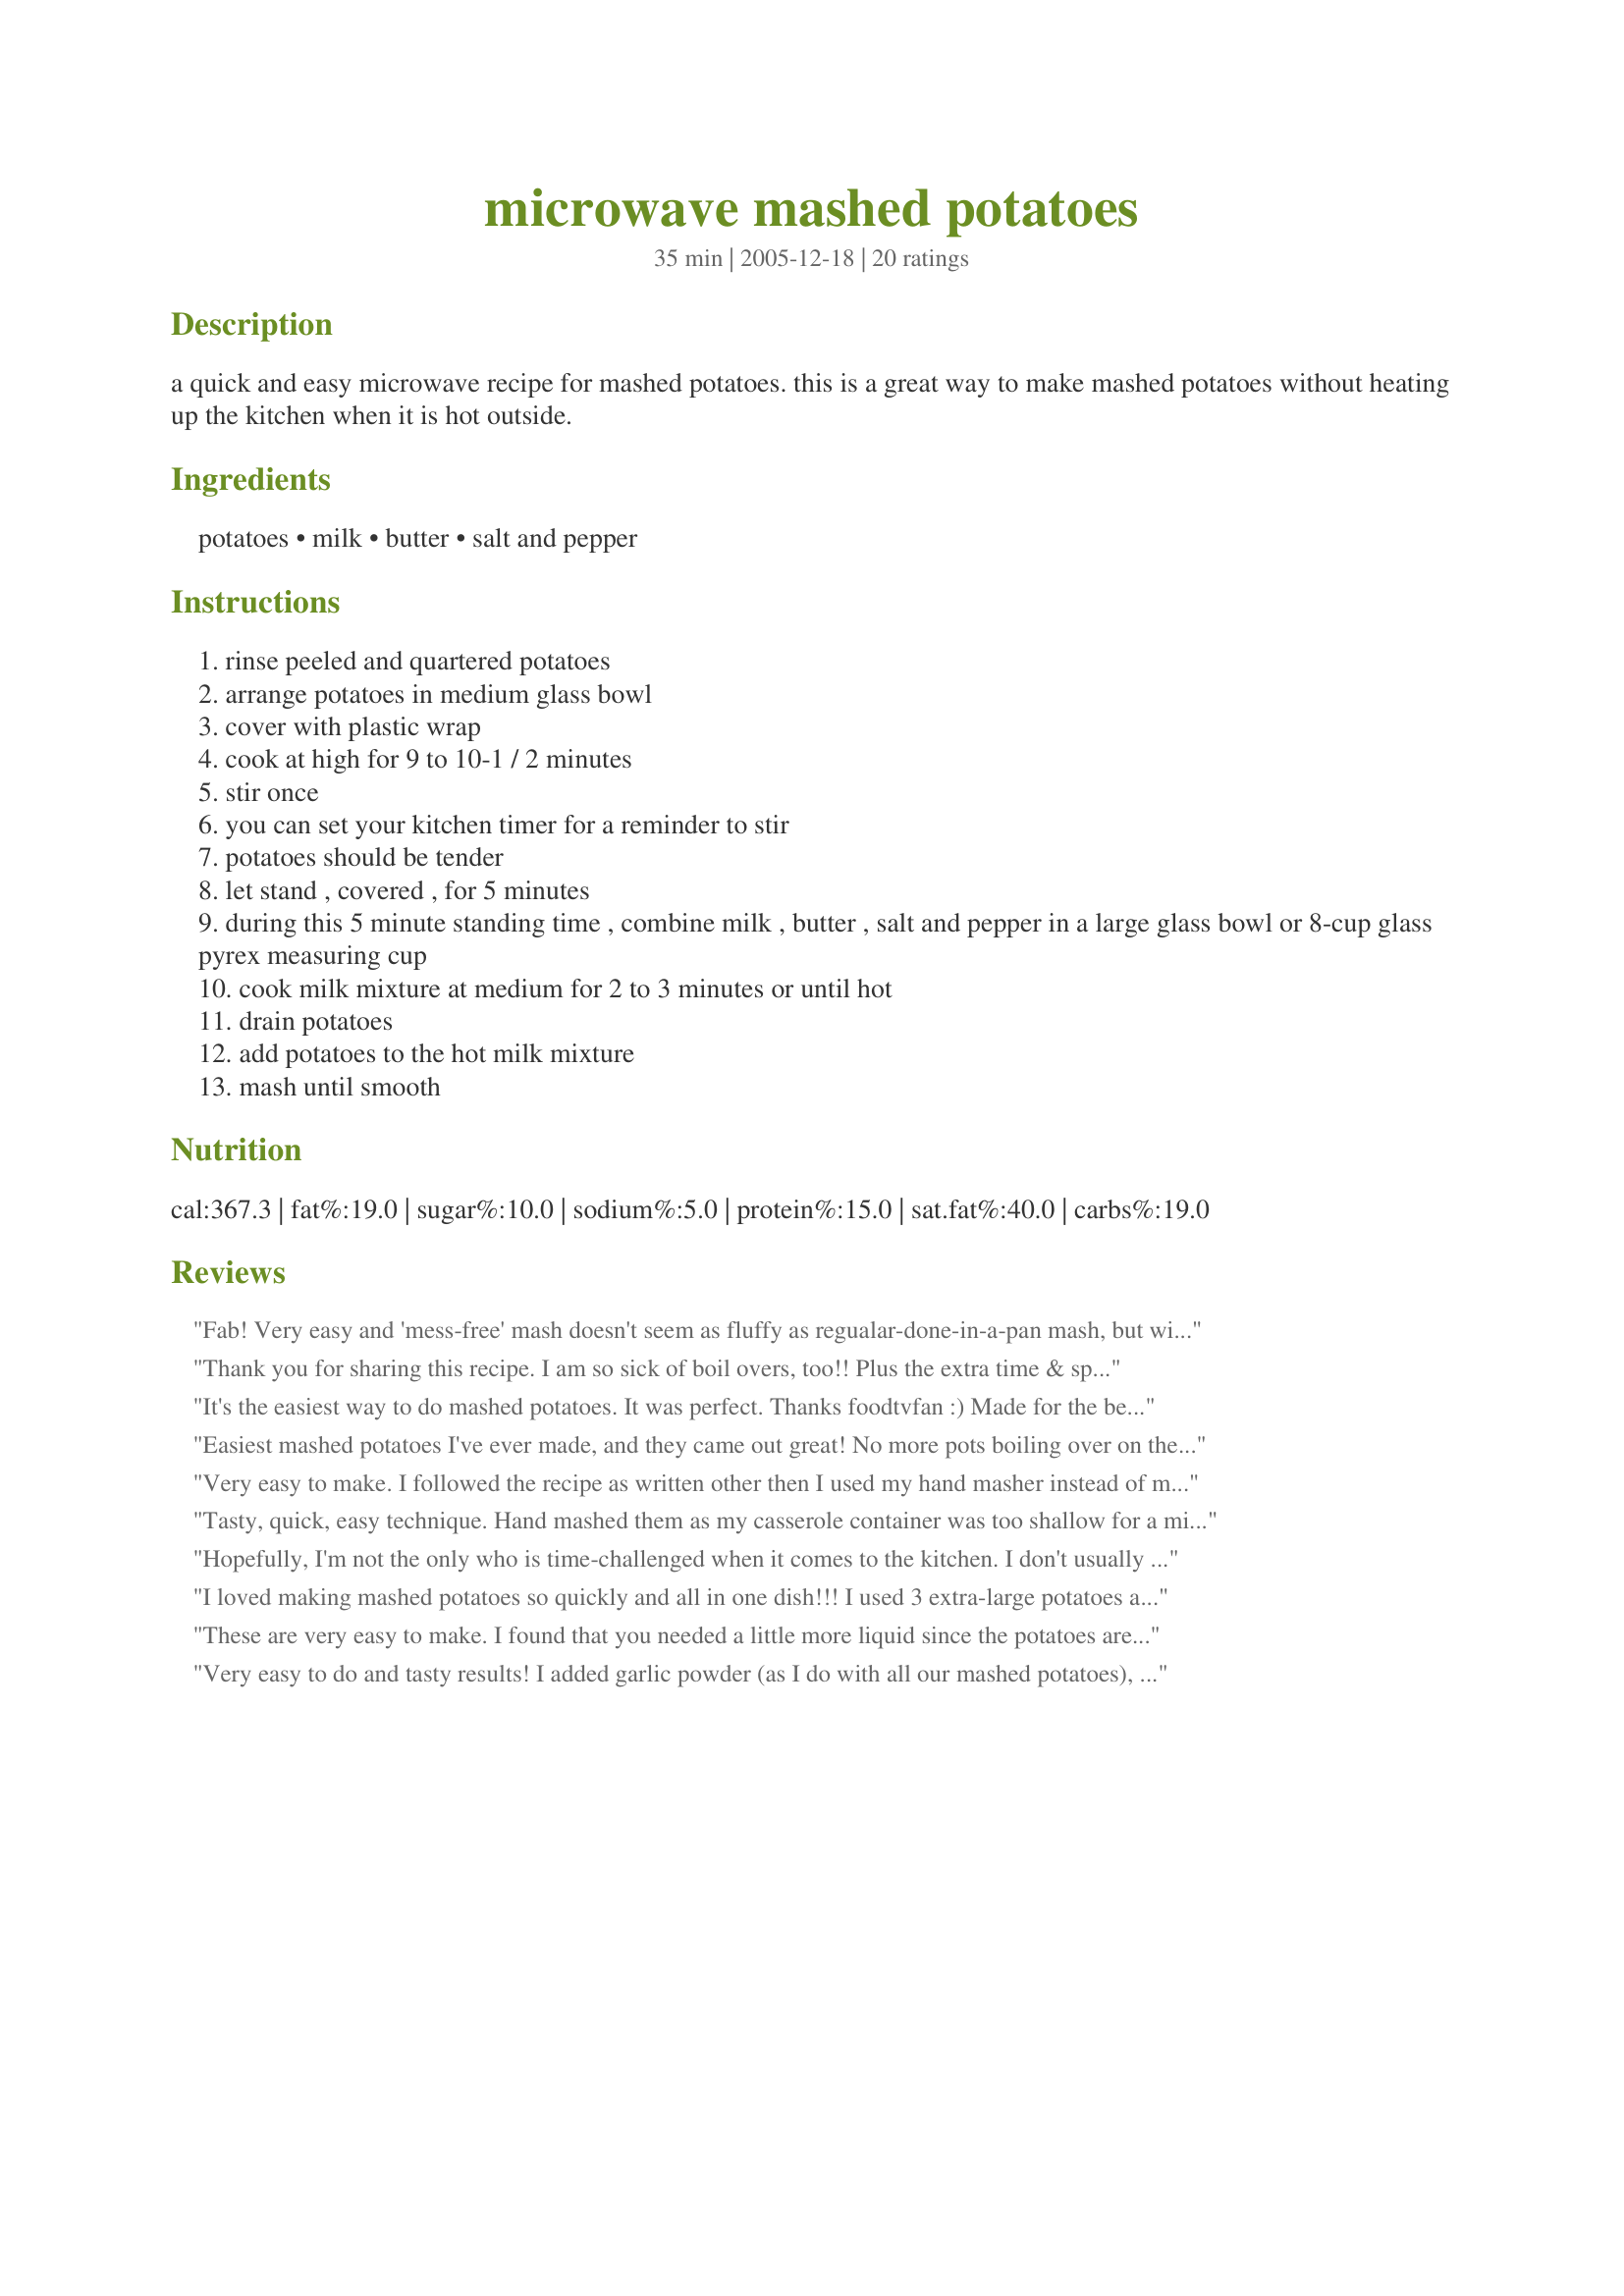
microwave mashed potatoes
Preparation time: 35 minutes

a quick and easy microwave recipe for mashed potatoes. this is a great way to make mashed potatoes without heating up the kitchen when it is hot outside.

Ingredients:
potatoes, milk, butter, salt and pepper

Steps:
rinse peeled and quartered potatoes
arrange potatoes in medium glass bowl
cover with plastic wrap
cook at high for 9 to 10-1 / 2 minutes
stir once
you can set your kitchen timer for a reminder to stir
potatoes should be tender
let stand , covered , for 5 minutes
during this 5 minute standing time , combine milk , butter , salt and pepper in a large glass bowl or 8-cup glass pyrex measuring cup
cook milk mixture at medium for 2 to 3 minutes or until hot
drain potatoes
add potatoes to the hot milk mixture
mash until smooth

Reviews:
Fab! Very easy and 'mess-free' mash doesn't seem as fluffy as regualar-done-in-a-pan mash, but will see what son and hubby say when the sausages are ready! Thanks for that (have just uploaded a photo too)
Thank you for sharing this recipe. I am so sick of boil overs, too!! Plus the extra time & space on my stove that it takes up. I only used one large potato, since my husband is the only one who eats them. I used a microwave safe bowl with a vented lid, and microwaved for 4 minutes. I should have done it for 5 minutes since the potatoes weren't quite soft enough to mash easily, but he still liked & ate them! I used about 1/4 cup skim milk & 1 tbsp light butter, and added salt & pepper to taste. I had to add a little more milk for creaminess. What a time-saver! Thanks so much.
It's the easiest way to do mashed potatoes. It was perfect. Thanks foodtvfan :) Made for the best of 2011 tag game
Easiest mashed potatoes I've ever made, and they came out great! No more pots boiling over on the stove, this was easy and tasty!!
Very easy to make. I followed the recipe as written other then I used my hand masher instead of my mixer. We all enjoyed these and I enjoyed the ease in making them.
Tasty, quick, easy technique. Hand mashed them as my casserole container was too shallow for a mixer-would have had flying mashed potatoes instead. I like that these did not have sour cream or cream cheese in them. Thanks for sharing.
Hopefully, I'm not the only who is time-challenged when it comes to the kitchen. I don't usually have a lot of time to cook, but I also never seem to organize my time well & end up with the main dish almost cooked & the sides just starting - ha! This was so easy. Not as creamy as I would have liked, as I found I had to add a bit more milk for my taste (maybe this is because I halved the recipe?). However, I wouldn't hesitate to make this over my regular/favorite mashed potatoes recipe because it is just so easy to make (& tastes great, too!). I didn't even bother to peel the skins--just cleaned 'em real good before cooking. Another winner, foodtvfan - Thank you!!
I loved making mashed potatoes so quickly and all in one dish!!! I used 3 extra-large potatoes and followed the cooking method as written. I drained off any liquid and added the butter, but used sour cream in place of the milk as DD was here for dinner and this is how she likes them done. I served it with a beef roast, gravy and corn on the cob. Thanks for sharing such a wonderful and easy recipe. Made for PRMR Tag Game.
These are very easy to make. I found that you needed a little more liquid since the potatoes are not boiled in water. When the potatoes were tender I just put the milk and butter in bowl and microwaved 1 minute. Hand mashed them and then onto our plates. I told my son, I made homemade mashed potatoes. The expression on his face was like he did not believe me. I don't understand why, I just made mashed potatoes in May of 2007, I remember it well. lol But with this recipe in hand, I will be making mashed potatoes more often. Made for Please Review My Recipe
Very easy to do and tasty results! I added garlic powder (as I do with all our mashed potatoes), and I used a crock with a lid and added an extra 5-minute heat cycle to compensate. These turn out very starchy/sticky, which has more to do with the prep method than anything else; without the water to boil-out and drain-off the starch you get mashed potatoes that are more thick and sticky than fluffy. But they tasted great! Top-notch recipe! Thanks!
The biggest thing I took away is just the microwaving portion. It cut my cook time down by 2/3's I would say. I found it to be a little on the dry side but I just added more butter and half and half and some garlic.
Than you, thank you, thank you for posting this recipe! I LOVE mashed potatoes. I HATE making mashed potatoes...until now. This was so simple and fast, not to mention wonderful! This will be the ONLY way I make mashed potatoes from now on.
This was a wonderful recipe! My husband pouts every time I make mashed potatoes from a box so I figured I would give this a shot since I didn't have time to boil potatoes. He never knew that they were from the microwave! I did not have any problems with them being sticky (or maybe that's just how I like them and I didn't notice) and I used a hand mixer to smash them up. My son who is very anti-homemade potatoes said that he would eat these any time. I did wind up adding some more milk and a bit more butter than the recipe called for, but I think I also used more potatoes. Either way, this was a great recipe and I will be using it from now on when I make mashed potatoes (including for Thanksgiving dinner when the extended family comes to town for dinner!). Thanks for posting!
I tried this tonight. I was nervous about not adding any water (did not see any listed in recipe) so I added 1/4 cup water at the beginning. When they were cooked there was the tiniest bit of water to drain off. Followed directions as per recipe otherwise. Half cup milk, 1/4 teaspoon salt, and 1/8 teaspoon pepper is what I used. We loved it. The potatoes turned out perfect.
These are superb...I dont have a oven,stove right now and i can still make home cooked meals with adaptions...this being a great big HELP!!! My comment...not just for lazy people anymore!! I truly needed and LOVE THIS RECIPE...i also made a roast in a electric skillet...
Very yummy mash, I don't normally use my microwave for cooking (only reheating) so it was good to find a recipe that Little Miss (DD) enjoys and I could get it to her plate quickly. We used lactose free milk and margarine so Little Miss is able to eat it. Everyone enjoyed it but next time I may cut down on the butter/marg. Thank you foodtvfan
It came out perfect. Later I added some parsley and cheese and used it as stuffing for pierogies.
Can't believe how yummy this was. I scaled it down to just one serving for one person. I used half and half instead of milk, no salt or pepper (I like my potatoes simple). I was a bit apprehensive about using the microwave, but wow, these came out really good! Highly recommend.
This is a awesome dish to make on a very hot day when you still want some comfort food. My DH was begging me for some homemade Mashed Potatoes but I just didn't feel like heating up the kitchen. He loved these!! They are very easy to make. I will be making these again!! This is a keeper, Thank for posting this foodtvfan!!
Wow...these were quick. We didn&#039;t have quite enough leftover mashed potatoes from Thanksgiving to enjoy for another meal, so I gave your recipe a try and I couldn&#039;t have been happier with the results. They do look a little different since they aren&#039;t boiled, but I tasted my leftover mashers and these side by side and there wasn&#039;t really any difference. This will be a great time saver Thanks for sharing the recipe.
